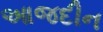
આજદીન